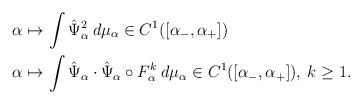
LaTeX: \begin{align*} &\alpha \mapsto \int \hat \Psi_{\alpha}^2 \:d\mu_{\alpha} \in C^1([\alpha_-,\alpha_+]) \\&\alpha \mapsto \int \hat \Psi_{\alpha} \cdot \hat \Psi_{\alpha} \circ F_{\alpha}^k\: d\mu_{\alpha} \in C^1([\alpha_-,\alpha_+]), \: k \geq 1.\end{align*}